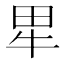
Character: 㽚